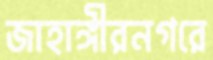
জাহাঙ্গীরনগরে